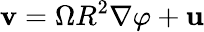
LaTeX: \mathbf{v}=\Omega R^{2}\nabla\varphi+\mathbf{u}